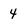
Character: 4